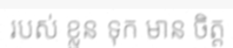
របស់ ខ្លួន ទុក មាន ចិត្ត